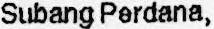
SUBANG PERDANA,